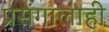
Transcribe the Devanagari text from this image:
प्रसंगालाही